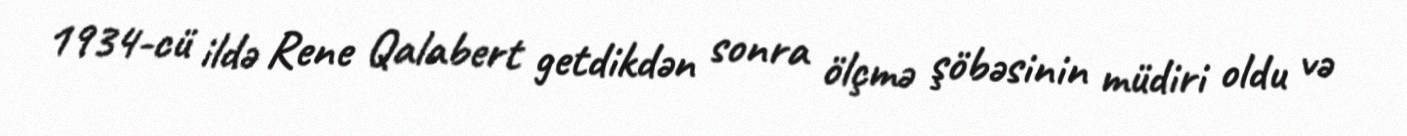
1934-cü ildə Rene Qalabert getdikdən sonra ölçmə şöbəsinin müdiri oldu və